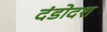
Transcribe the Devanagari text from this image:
दंडोदश